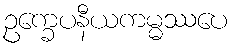
ဥက္ခေပနီယကမ္မဿပေ